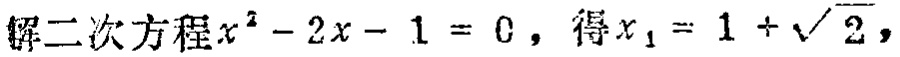
解二次方程\(x^{2}-2x - 1 = 0\)，得\(x_{1}=1+\sqrt{2}\)，